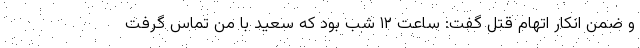
و ضمن انکار اتهام قتل گفت: ساعت ۱۲ شب بود که سعید با من تماس گرفت